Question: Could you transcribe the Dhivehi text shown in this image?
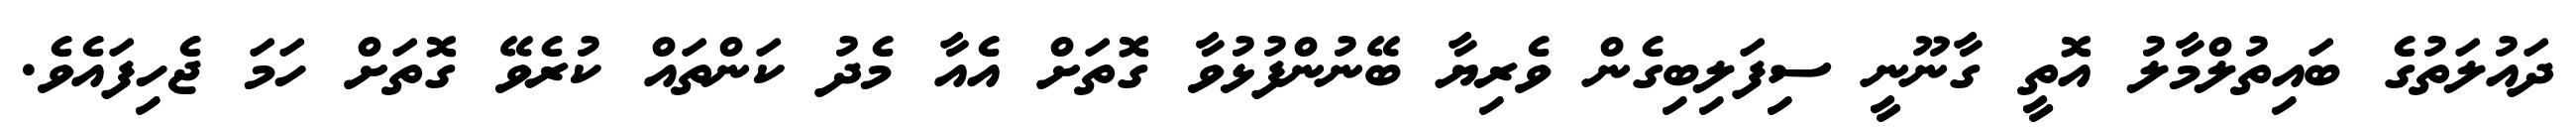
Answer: ދައުލަތުގެ ބައިތުލްމާލު އޮތީ ގާނޫނީ ސިފަލިބިގެން ވެރިޔާ ބޭނުންފުޅުވާ ގޮތަށް އެއާ މެދު ކަންތައް ކުރެވޭ ގޮތަށް ހަމަ ޖެހިފައެވެ.